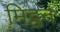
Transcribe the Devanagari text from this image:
मिट्ठन